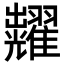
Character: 𮋚